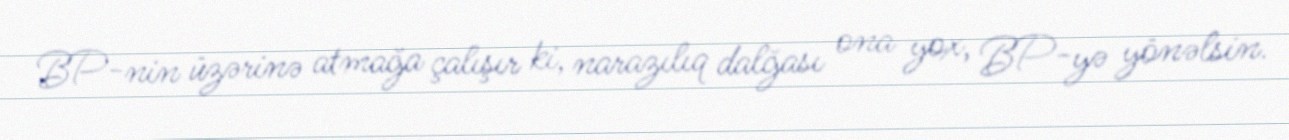
BP-nin üzərinə atmağa çalışır ki, narazılıq dalğası ona yox, BP-yə yönəlsin.